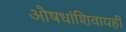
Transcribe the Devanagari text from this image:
औषधांशिवायही